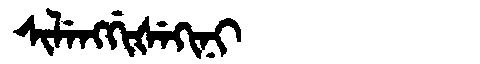
Manchu: ᠰᡳᠯᡝᠩᡤᡳᡧᡝᡴᡳᠨᡳ
Romanization: SILENGGIŠEKINI